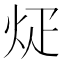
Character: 𪸢